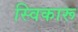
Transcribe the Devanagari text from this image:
स्विकारू